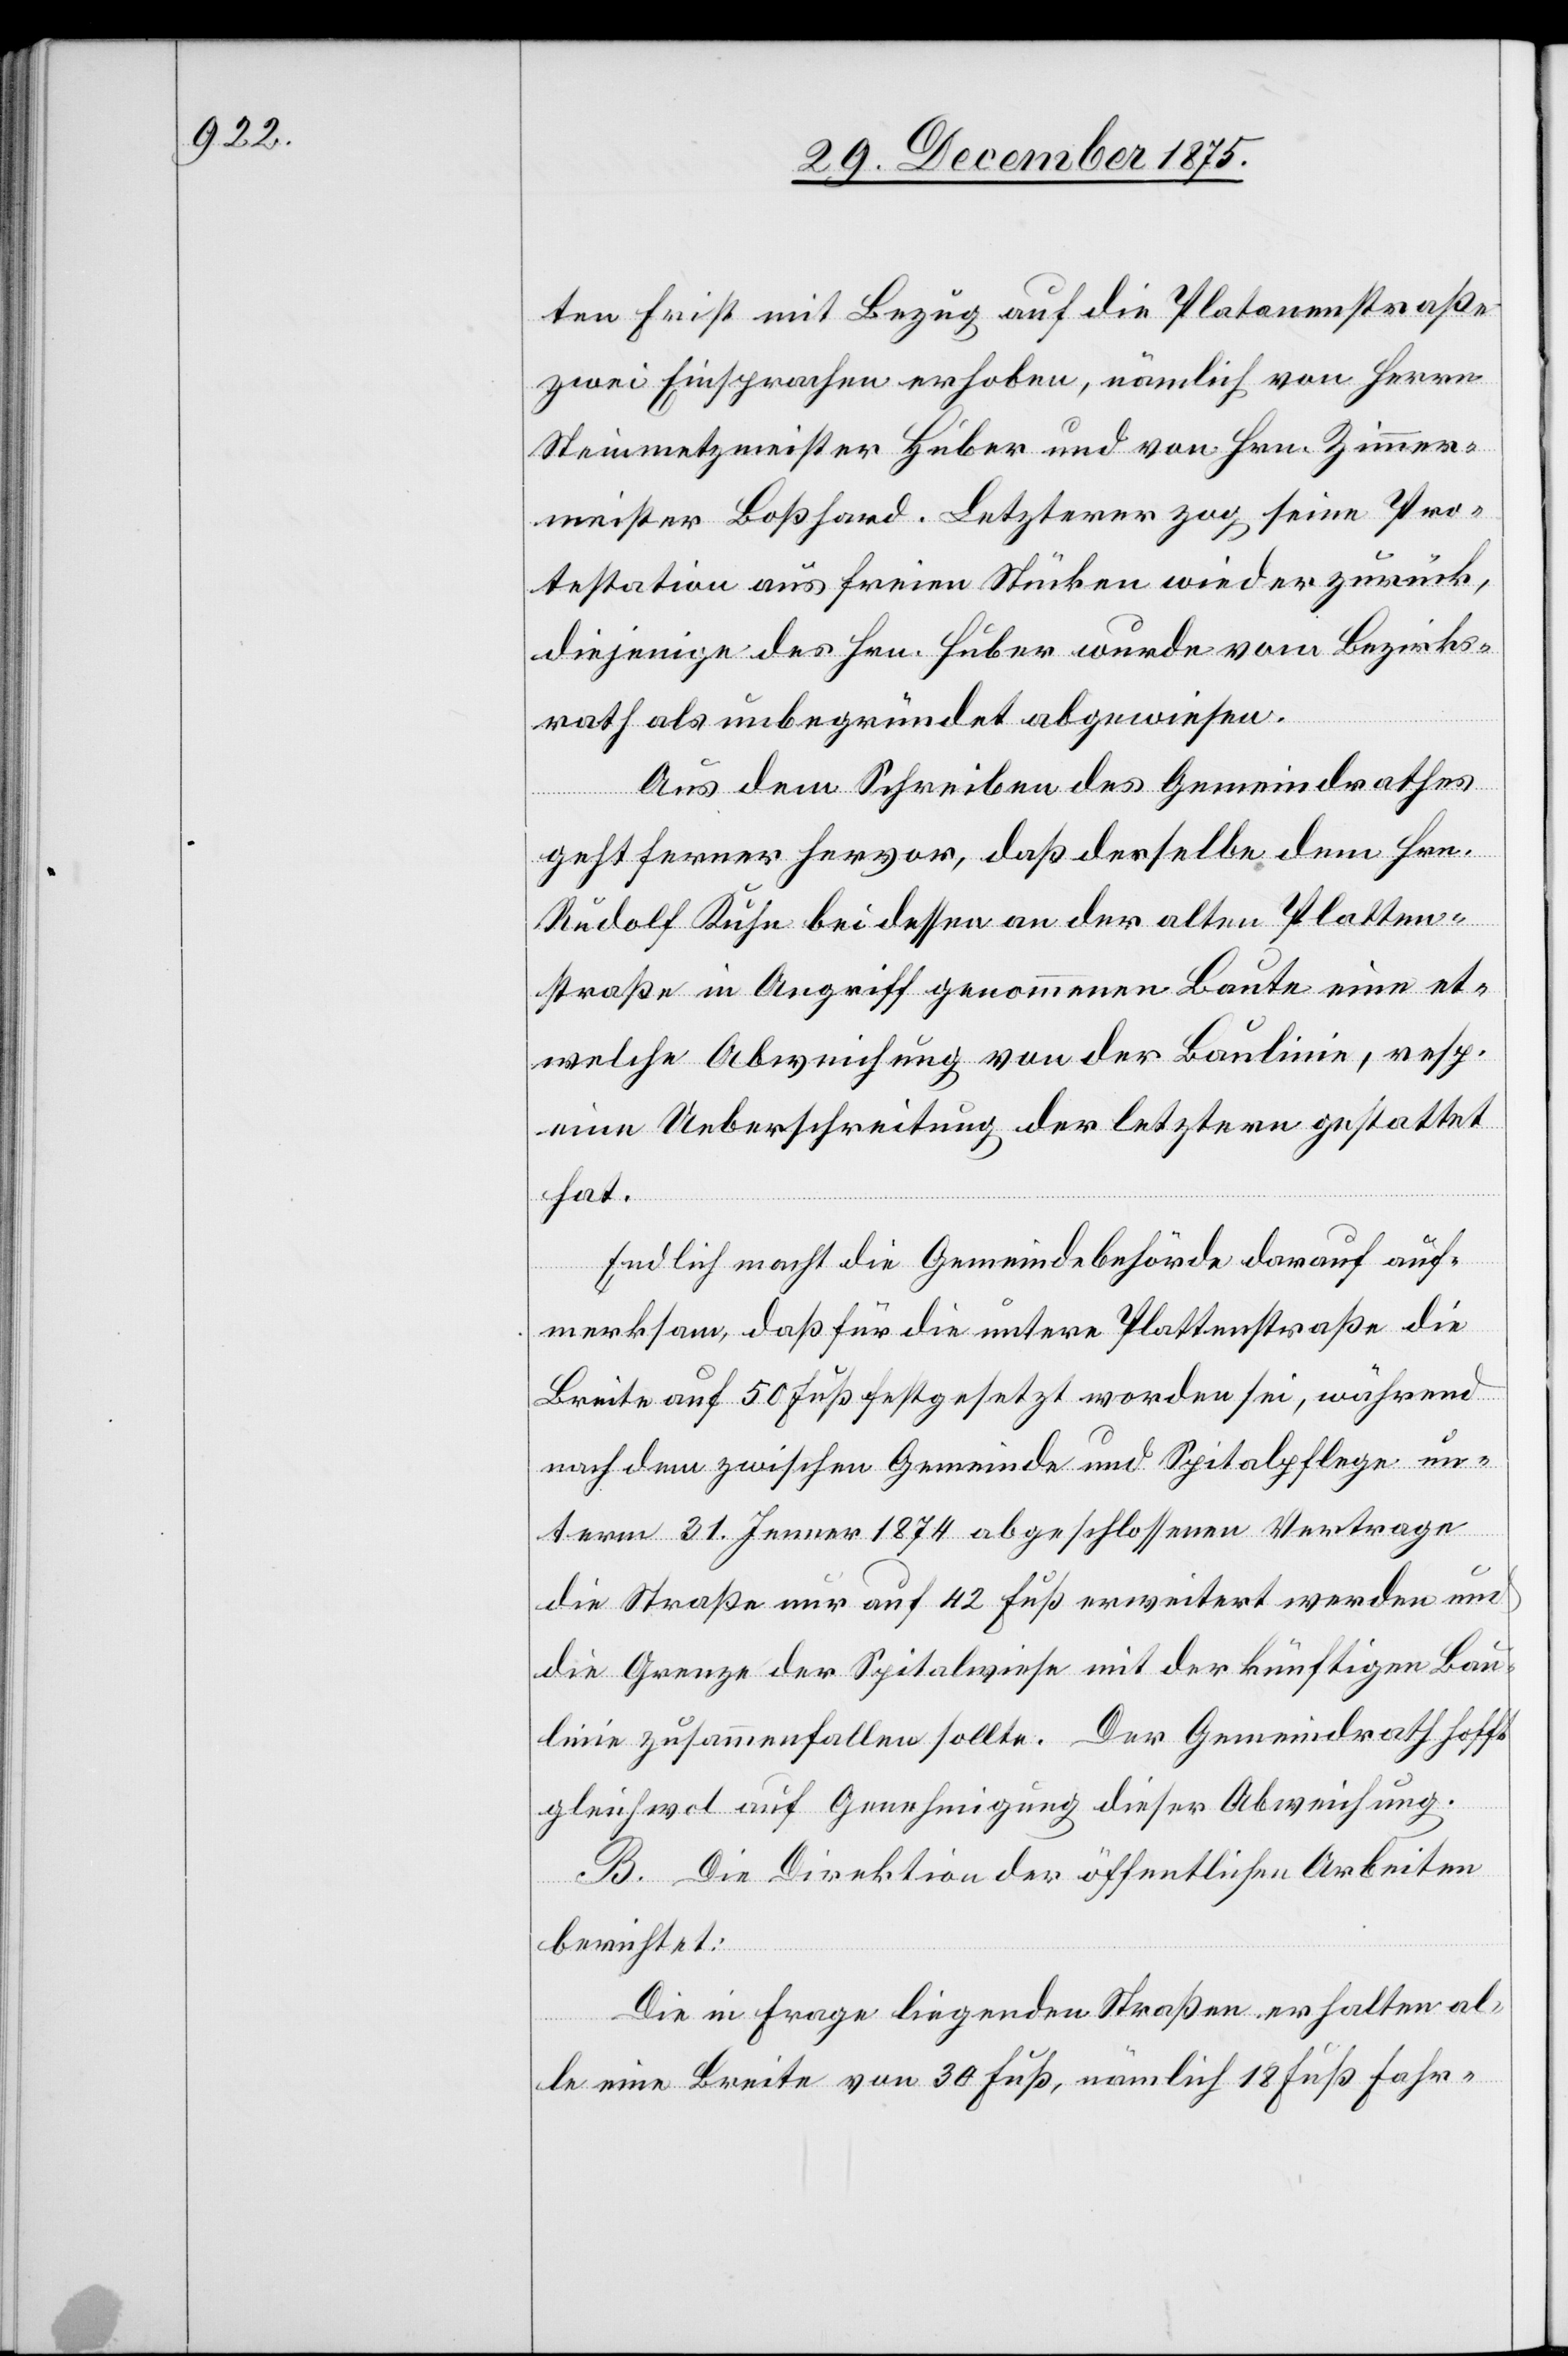
ten Frist mit Bezug auf die Platanenstraße
zwei Einsprachen erhoben, nämlich von Herrn
Steinmetzmeister Huber und von Hrn. Zimmer¬
meister Boßhard. Letzterer zog seine Pro¬
testation aus freien Stücken wieder zurück,
diejenige des Hrn. Huber wurde vom Bezirks¬
rath als unbegründet abgewiesen.
Aus dem, Schreiben des Gemeindrathes
un¬
geht ferner hervor, daß derselbe dem Hrn.
Rudolf Kuhn bei dessen an der alten Platten¬
straße in Angriff genommenen Baute eine et¬
welche Abweichung von der Baulinie, resp.
eine Ueberschreitung der letztern gestattet
hat.
Endlich macht die Gemeindebehörde darauf auf¬
merksam, daß für die untere Plattenstraße die
Breite auf 50 Fuß festgesetzt worden sei, während
nach dem zwischen Gemeinde und Spitalpflege un¬
term 31. Jenner 1874 abgeschlossenen Vertrage
die Straße nur auf 42 Fuß erweitert werden und
die Grenze der Spitalwiese mit der künftigen Bau¬
linie zusammenfallen sollte. Der Gemeindrath hofft
gleichwol auf Genehmigung dieser Abweichung.
B. Die Direktion der öffentlichen Arbeiten
berichtet:
Die in Frage liegenden Straßen erhalten al¬
le eine Breite von 30 Fuß, nämlich 18 Fuß Fahr-